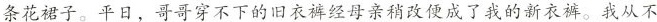
条花裙子。平日，哥哥穿不下的旧衣裤经母亲稍改便成了我的新衣裤。我从不